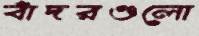
বাঁদরগুলো